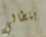
بنطالي